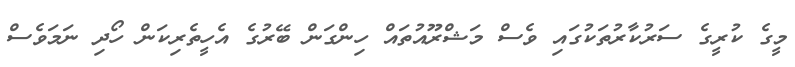
މީގެ ކުރީގެ ސަރުކާރުތަކުގައި ވެސް މަޝްރޫއުތައް ހިންގަން ބޭރުގެ އެހީތެރިކަން ހޯދި ނަމަވެސް